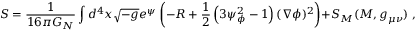
S = \frac { 1 } { 1 6 \pi G _ { N } } \int d ^ { 4 } x \sqrt { - g } e ^ { \psi } \left( - R + \frac { 1 } { 2 } \left( 3 \psi _ { \phi } ^ { 2 } - 1 \right) ( \nabla \phi ) ^ { 2 } \right) + S _ { M } ( { \cal M } , g _ { \mu \nu } ) \; ,